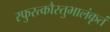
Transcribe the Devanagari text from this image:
स्फुरत्कौस्तुभालंकृतं